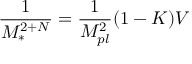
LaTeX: \frac { 1 } { M _ { \ast } ^ { 2 + N } } = \frac { 1 } { M _ { p l } ^ { 2 } } ( 1 - K ) { \cal V }